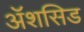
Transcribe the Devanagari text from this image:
ॲशसिड